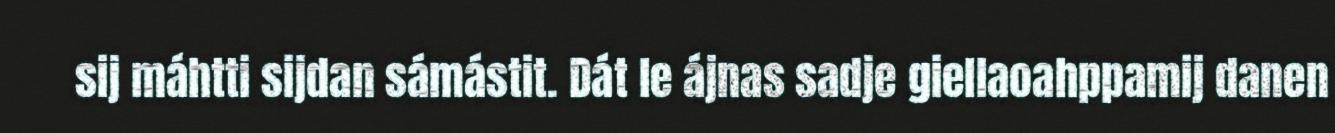
sij máhtti sijdan sámástit. Dát le ájnas sadje giellaoahppamij danen